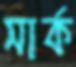
সার্ক